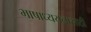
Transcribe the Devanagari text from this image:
भाषाध्ययनासाठी